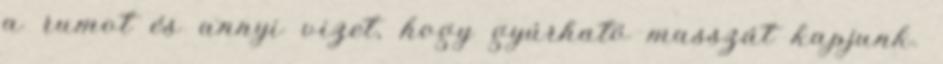
a rumot és annyi vizet, hogy gyúrható masszát kapjunk.